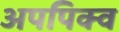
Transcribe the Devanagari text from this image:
अपपिक्व